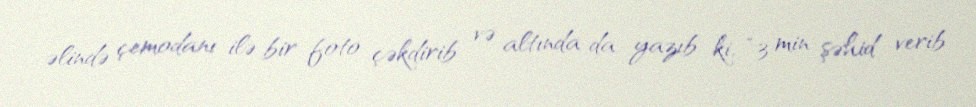
əlində çemodanı ilə bir foto çəkdirib və altında da yazıb ki, “3 min şəhid verib